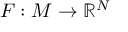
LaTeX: F : M \to \mathbb { R } ^ { N }